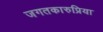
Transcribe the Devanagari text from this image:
जगतकारुप्रिया